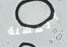
المسنة